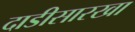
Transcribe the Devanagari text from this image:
दाडीसारखा